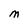
Character: M